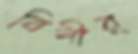
বিশীর্